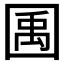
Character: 𫭎